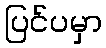
ပြင်ပမှာ